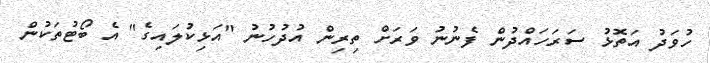
ހުވަދު އަތޮޅު ސަރަހައްދުން ފެނުނު ވަރަށް ތިރިން އުދުހުނު "އަޅިކުލައިގެ" އެ ބޯޓުތަކުން